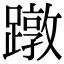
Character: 蹾